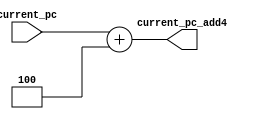
module Adder (current_pc,current_pc_add4);
    input [15:0] current_pc;
    output [15:0] current_pc_add4;
/*	
    wire [32:0]temp;

    assign temp=current_pc+32'd4;
    assign current_pc_add4=temp[31:0];

    wire overflow;
*/
    assign current_pc_add4=current_pc+16'd4;

endmodule